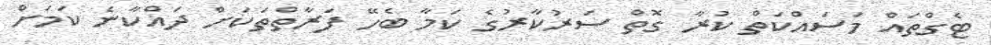
ޓެގްތައް މަސައްކަތް ކުރާ ގޮތް ސަރުކާރުގެ ކަމާ ބެހޭ ފަރާތްތަކަށް ދައްކާނެ ކަމަށް